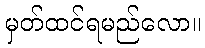
မှတ်ထင်ရမည်လော။